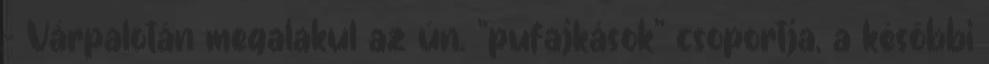
– Várpalotán megalakul az ún. "pufajkások” csoportja, a későbbi